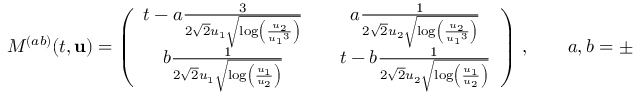
M ^ { ( a b ) } ( t , { \mathbf { u } } ) = \left( \begin{array} { c c c } { t - a \frac { 3 } { 2 \sqrt { 2 } { u _ { 1 } } \sqrt { \log \left( \frac { { u _ { 2 } } } { { u _ { 1 } } ^ { 3 } } \right) } } } & { } & { a \frac { 1 } { 2 \sqrt { 2 } { u _ { 2 } } \sqrt { \log \left( \frac { { u _ { 2 } } } { { u _ { 1 } } ^ { 3 } } \right) } } } \\ { b \frac { 1 } { 2 \sqrt { 2 } { u _ { 1 } } \sqrt { \log \left( \frac { { u _ { 1 } } } { { u _ { 2 } } } \right) } } } & { } & { t - b \frac { 1 } { 2 \sqrt { 2 } { u _ { 2 } } \sqrt { \log \left( \frac { { u _ { 1 } } } { { u _ { 2 } } } \right) } } } \end{array} \right) \, , \qquad a , b = \pm